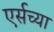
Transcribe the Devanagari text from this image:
एर्सच्या